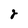
Character: 2